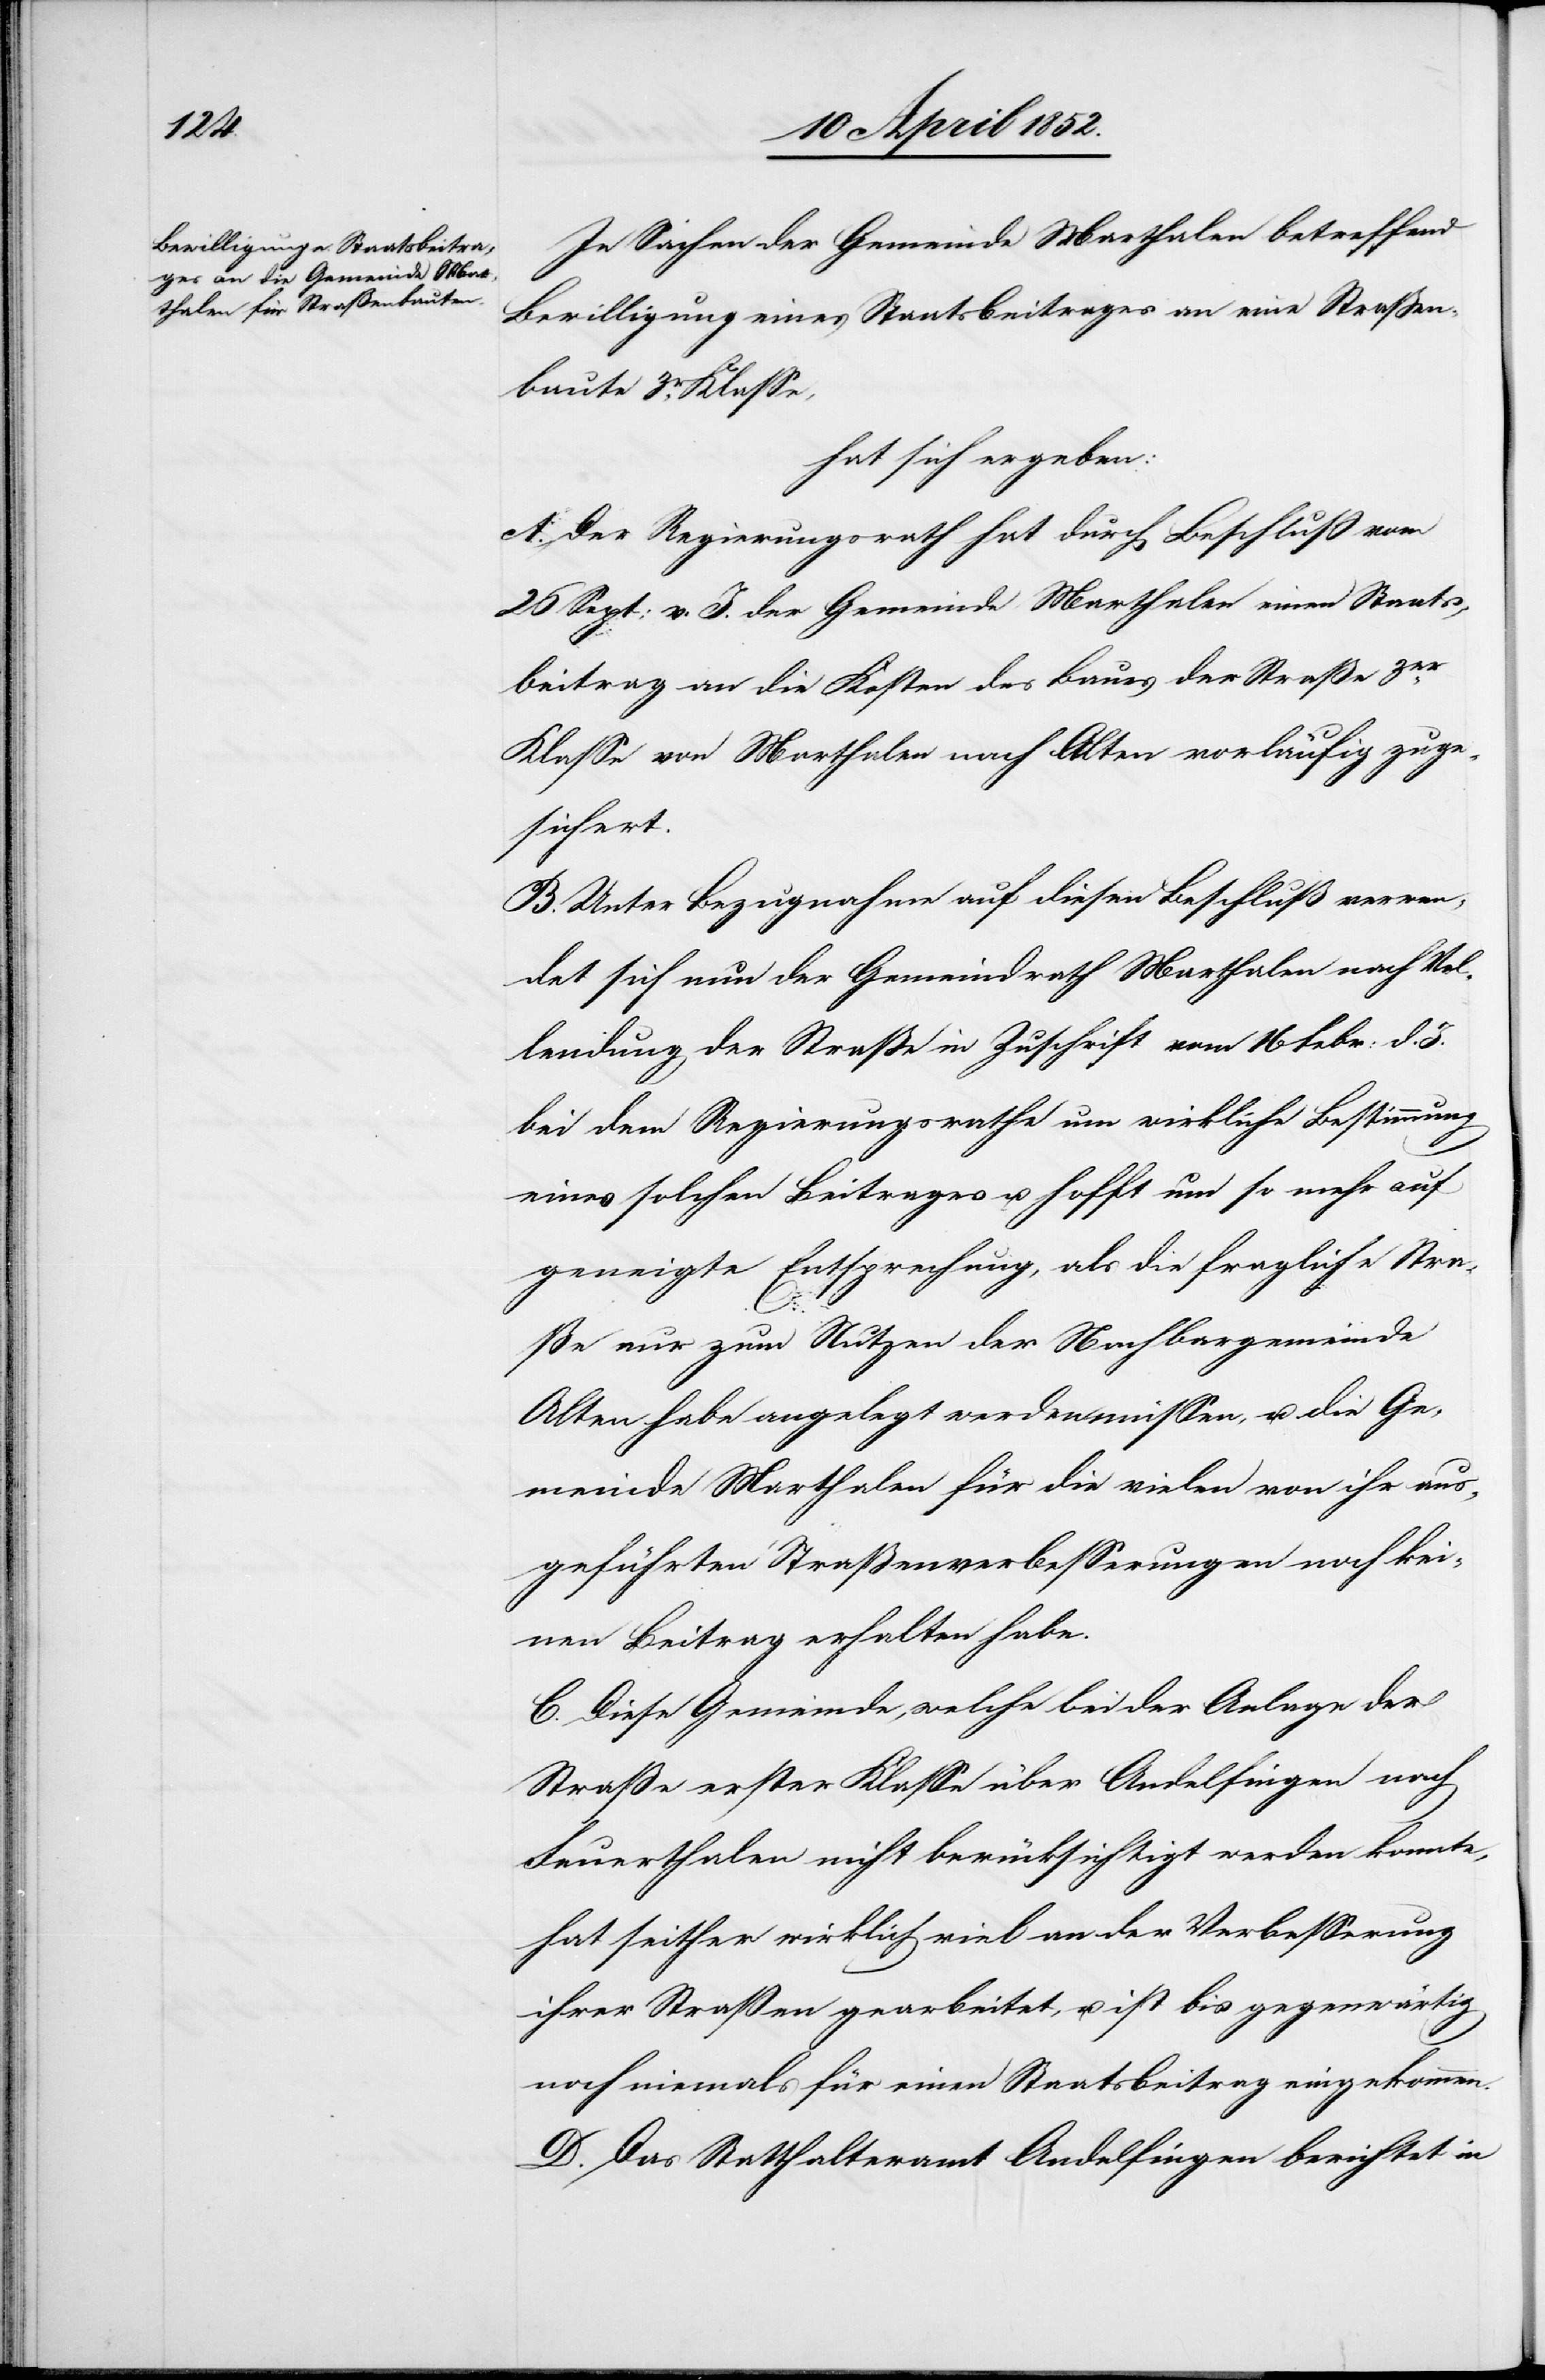
In Sachen der Gemeinde Marthalen betreffend
Bewilligung eines Staatsbeitrages an eine Strassen¬
baute 3r. Klasse,
hat sich ergeben:
A. Der Regierungsrath hat durch Beschluß vom
26 Sept: v. J. der Gemeinde Marthalen einen Staats¬
beitrag an die Kosten des Baues der Straße 3er.
Klasse von Marthalen nach Alten vorläufig zuge¬
sichert.
B. Unter Bezugnahme auf diesen Beschluß verwen¬
det sich nun der Gemeindrath Marthalen nach Vol¬
lendung der Straße in Zuschrift vom 16 Febr: d. J.
bei dem Regierungsrathe um wirkliche Bestimmung
eines solchen Beitrages u. hofft um so mehr auf
geneigte Entsprechung, als die fragliche Stras¬
se nur zum Nutzen der Nachbargemeinde
Alten habe angelegt werden müssen, u. die Ge¬
meinde Marthalen für die vielen von ihr aus¬
geführten Strassenverbesserungen noch kei¬
nen Beitrag erhalten habe.
C. Diese Gemeinde, welche bei der Anlage der
Strasse erster Klasse über Andelfingen nach
Feuerthalen nicht berücksichtigt werden konnte,
hat seither wirklich viel an der Verbesserung
ihrer Straßen gearbeitet, u. ist bis gegenwärtig
noch niemals für einen Staatsbeitrag eingekommen.
D. Das Statthalteramt Andelfingen berichtet in